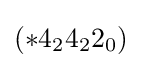
(*4_{2}4_{2}2_{0})